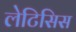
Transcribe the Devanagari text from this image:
लेटिसिस